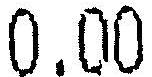
0.00